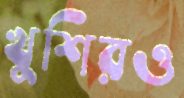
খুশিরও